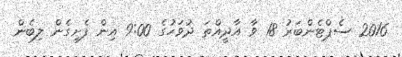
2016 ސެޕްޓެންބަރު 18 ވާ އާދީއްތަ ދުވަހުގެ 9:00 އިން ފެށިގެން ލިބެން